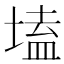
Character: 𡏖